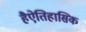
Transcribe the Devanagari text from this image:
हैऐतिहासिक